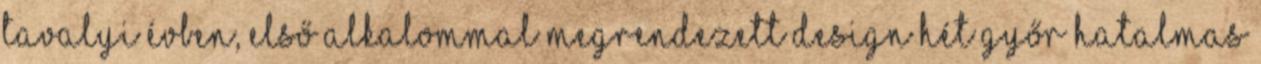
tavalyi évben, első alkalommal megrendezett Design Hét Győr hatalmas